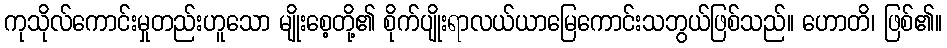
ကုသိုလ်ကောင်းမှုတည်းဟူသော မျိုးစေ့တို့၏ စိုက်ပျိုးရာလယ်ယာမြေကောင်းသဘွယ်ဖြစ်သည်။ ဟောတိ၊ ဖြစ်၏။